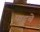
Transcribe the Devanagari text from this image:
पाडूचे